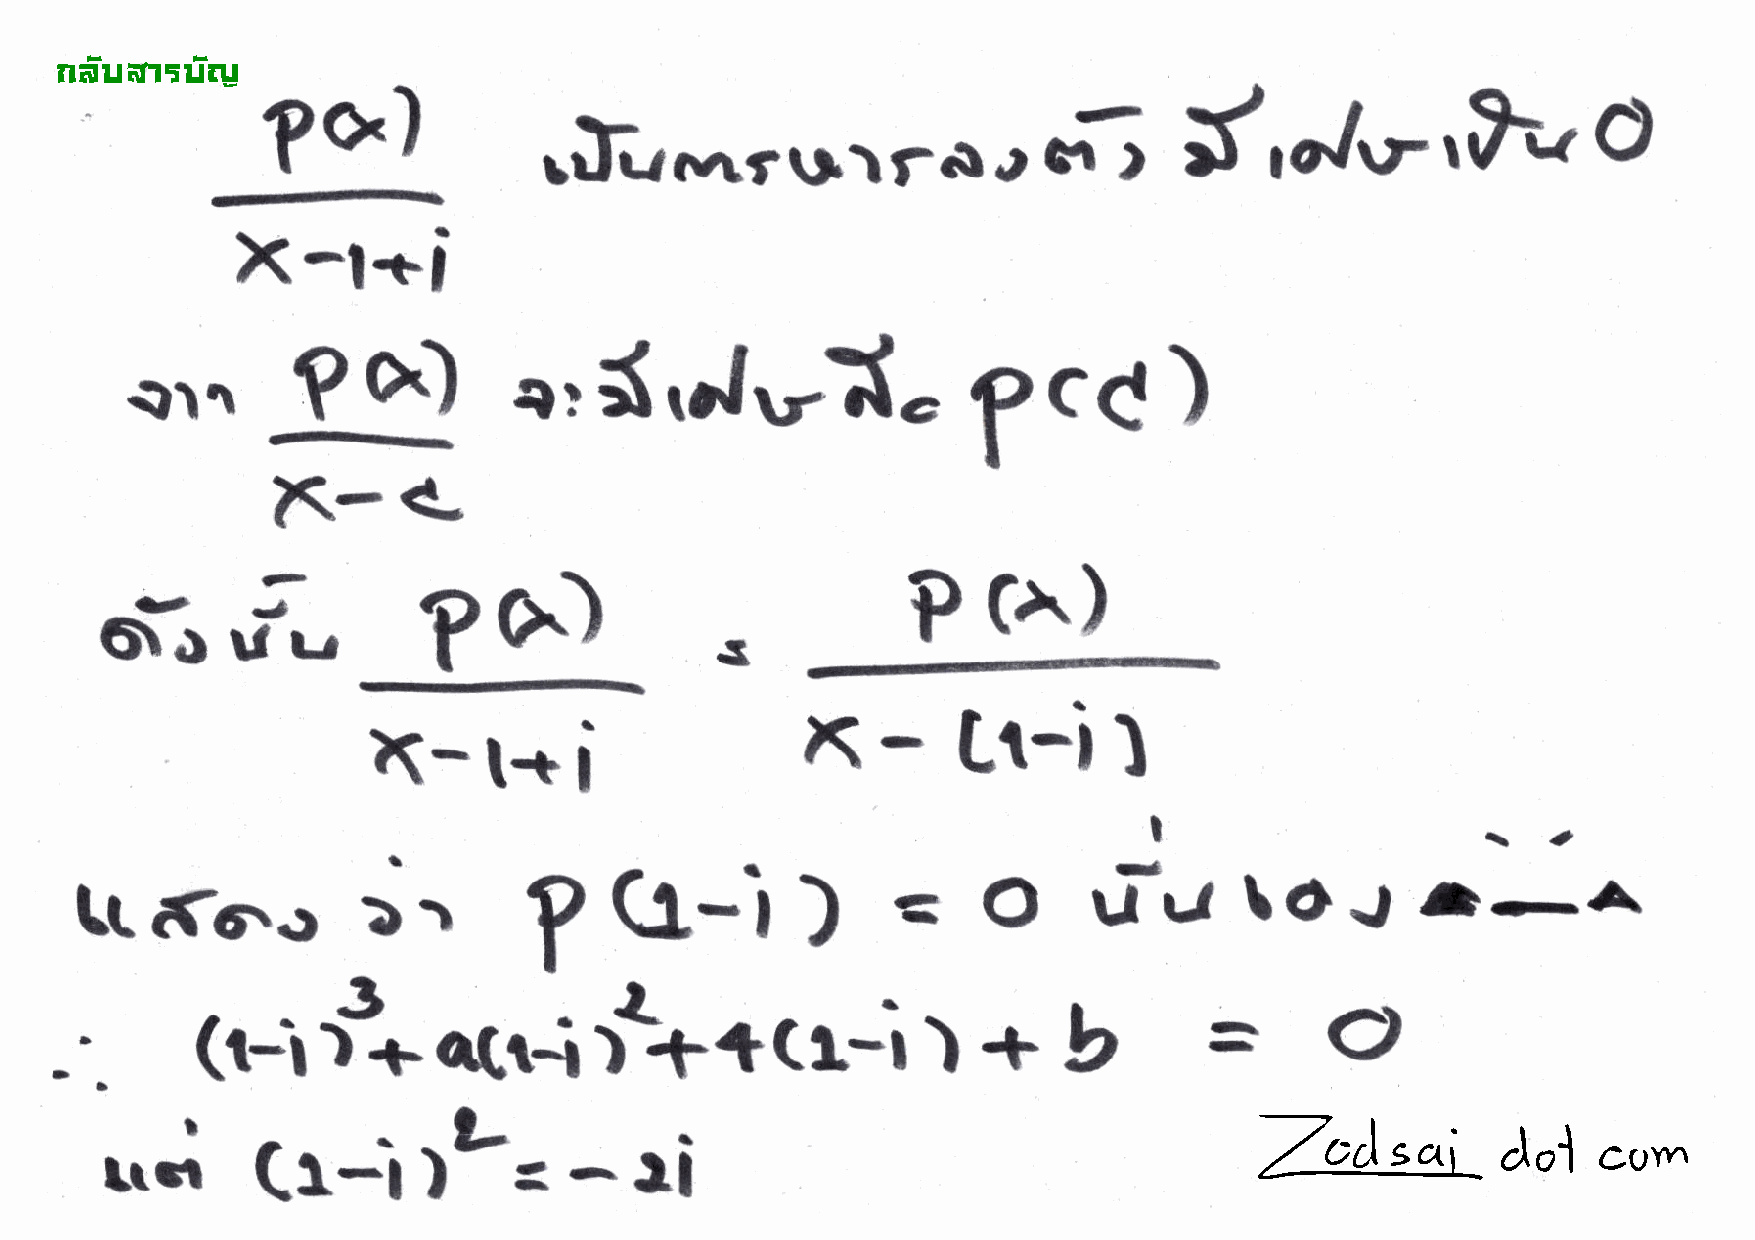
!"#$%&'$#(
 ?c)
 t',J-,F*
 .trr*r\,...rct,.ir                                                    O
 --.
 X   -l-t     i
 e,{,J.ti.
 h)
 )
 e\.r
 ?
 ?cC
 ?(-(-
 fi"'-                                   s
 ?6)                             Pcr)
 -
 x-
 x-l-ti
 Lr-il
 Di-l\' r   g                 )     €     o                \aJ
 \ttfo.o                  ,          G"-i.      a                   u-rr
 '-A
 f
 -
 l't                                                              o
 (t-if+'q(t-if++trrr+b
 =
 rL-
 (r-i
 li
 trrr
 )-=
 -